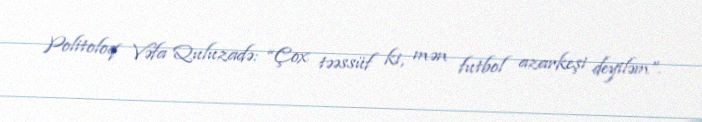
Politoloq Vəfa Quluzadə: “Çox təəssüf ki, mən futbol azarkeşi deyiləm”.